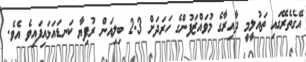
އޭގެތެރޭގައި ތައުލީމީ ދާއިރާގެ މުވައްޒަފުންގެ ހަރަދަށް 2.3 ބިލިއަން ރުފިޔާ ކަނޑައަޅައިފައިވެ އެވެ.